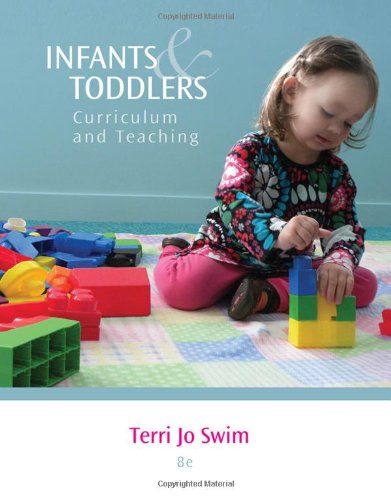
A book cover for Infants and Toddlers: Curriculum and Teaching; Terri Jo Swim; Parenting & Relationships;